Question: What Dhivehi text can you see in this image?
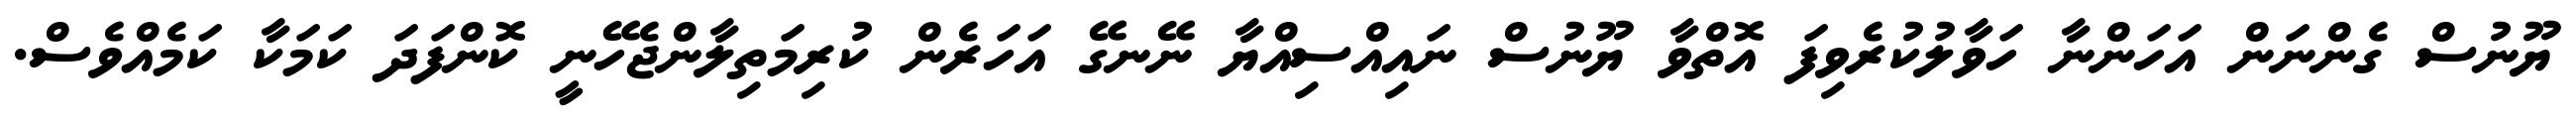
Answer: ޔޫނުސް ގެންނަން އަހަންނާ ހަވާލުކުރެވިފަ އޮތްވާ ޔޫނުސް ނައިއްސިއްޔާ ނޭނގޭ އަހަރެން ކުރިމަތިލާންޖެހޭނީ ކޮންފަދަ ކަމަކާ ކަމެއްވެސް.